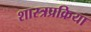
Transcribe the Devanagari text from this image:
शास्त्रप्रक्रिया